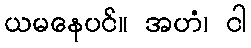
ယမနေပင်။ အဟံ၊ ငါ